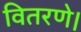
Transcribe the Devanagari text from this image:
वितरणे।